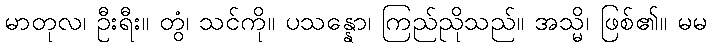
မာတုလ၊ ဦးရီး။ တွံ၊ သင်ကို။ ပသန္နော၊ ကြည်ညိုသည်။ အသ္မိ၊ ဖြစ်၏။ မမ